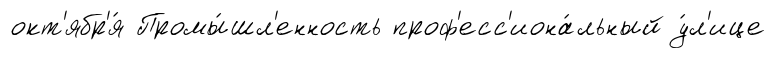
окт'ябр'я́ Промы́шл'енность проф'есс'иона́льный у́л'ице